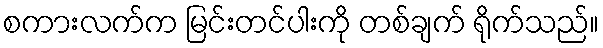
စကားလက်က မြင်းတင်ပါးကို တစ်ချက် ရိုက်သည်။